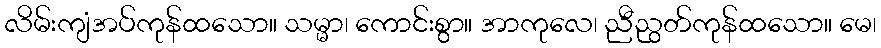
လိမ်းကျံအပ်ကုန်ထသော။ သမ္မာ၊ ကောင်းစွာ။ အာကုလေ၊ ညီညွတ်ကုန်ထသော။ မေ၊